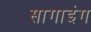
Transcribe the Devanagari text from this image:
सागाइंग